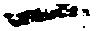
一